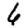
Digit: 6